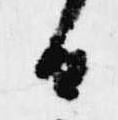
日